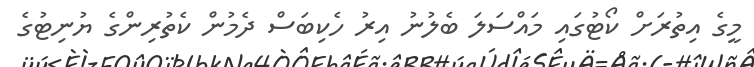
މީގެ އިތުރަށް ކޯޓުގައި މައްސަލަ ބެލުނު އިރު ހެކިބަސް ދެމުން ކެތުރިންގެ ޔުނިޓުގެ